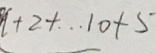
1 + 2 + \cdots 1 0 + 5